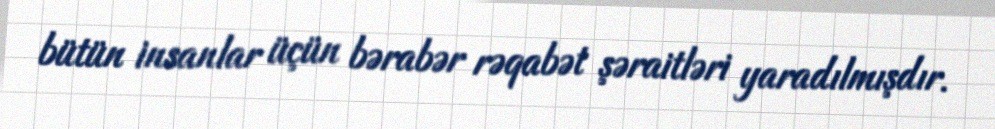
bütün insanlar üçün bərabər rəqabət şəraitləri yaradılmışdır.